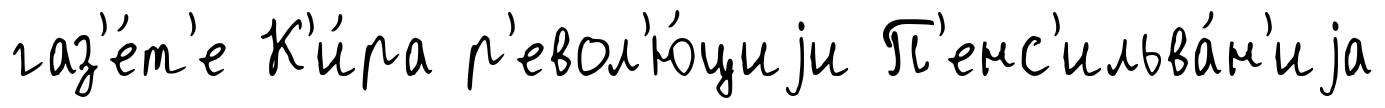
газ'е́т'е К'и́ра р'евол'ю́циjи П'енс'ильва́н'иjа